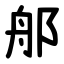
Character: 郍